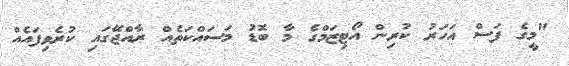
"މީގެ ފަސް އަހަރު ކުރިން އޯޓިޒަމްގެ މާ ބޮޑު މަސައްކަތެއް ރާއްޖޭގައި ކުރެވިފައެއް